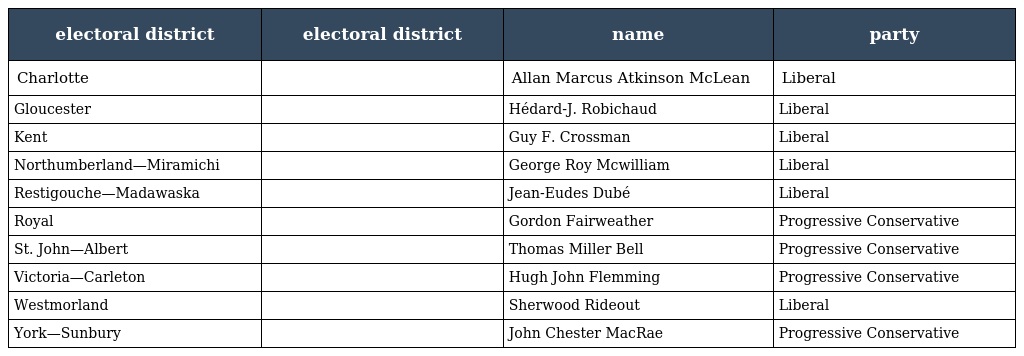
| electoral district | electoral district | name | party |
 | --- | --- | --- | --- |
 | Charlotte |  | Allan Marcus Atkinson McLean | Liberal |
 | Gloucester |  | Hédard-J. Robichaud | Liberal |
 | Kent |  | Guy F. Crossman | Liberal |
 | Northumberland—Miramichi |  | George Roy Mcwilliam | Liberal |
 | Restigouche—Madawaska |  | Jean-Eudes Dubé | Liberal |
 | Royal |  | Gordon Fairweather | Progressive Conservative |
 | St. John—Albert |  | Thomas Miller Bell | Progressive Conservative |
 | Victoria—Carleton |  | Hugh John Flemming | Progressive Conservative |
 | Westmorland |  | Sherwood Rideout | Liberal |
 | York—Sunbury |  | John Chester MacRae | Progressive Conservative |